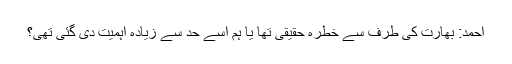
احمد: بھارت کی طرف سے خطرہ حقیقی تھا یا ہم اسے حد سے زیادہ اہمیت دی گئی تھی؟